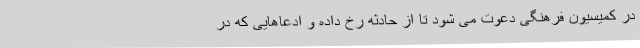
در کمیسیون فرهنگی دعوت می شود تا از حادثه رخ داده و ادعاهایی که در